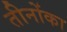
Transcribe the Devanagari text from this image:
तीनोंका